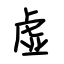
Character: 虚